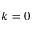
k = 0